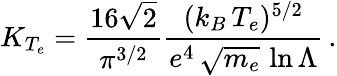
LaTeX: K_{T_{e}}=\frac{16\sqrt{2}}{\pi^{3/2}}\frac{(k_{B}\, T_{e})^{5/2}}{e^{4}\, \sqrt{m_{e}}\, \ln{\Lambda}}\, .